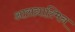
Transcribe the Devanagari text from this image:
आसद्यास्मिन